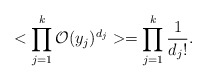
\begin{align*}<\prod_{j=1}^{k}{\cal O}(y_{j})^{d_{j}}>=\prod_{j=1}^{k}{\frac{1}{d_{j}!}}.\end{align*}